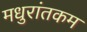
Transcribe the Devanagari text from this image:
मधुरांतकम